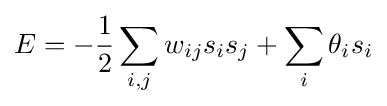
E=-{\frac {1}{2}}\sum _{i,j}{w_{ij}{s_{i}}{s_{j}}}+\sum _{i}{\theta _{i}}{s_{i}}